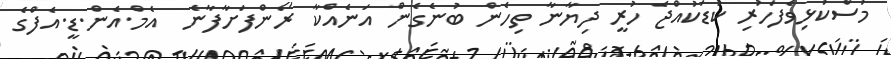
މުސްކުޅިވެފަހުރި ކުޑަކުއްޖެ ހުރީ ދިޔާނާ ތިހެން ބުނެގެން އަނެއްކާ ރޯންފަށާފާނެ  އެމް.އެން.ޑީ.އެފްގެ